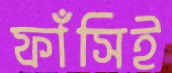
ফাঁসিই